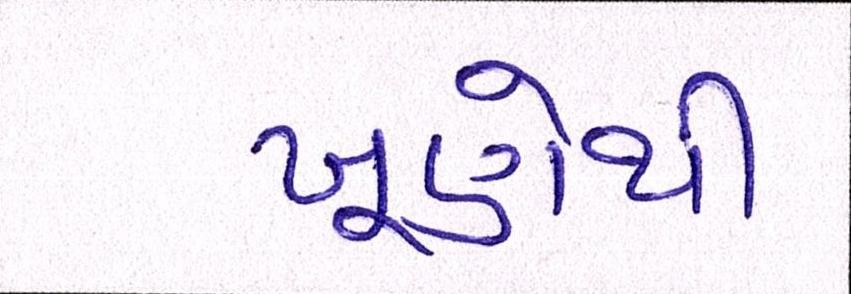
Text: ખૂણેથી